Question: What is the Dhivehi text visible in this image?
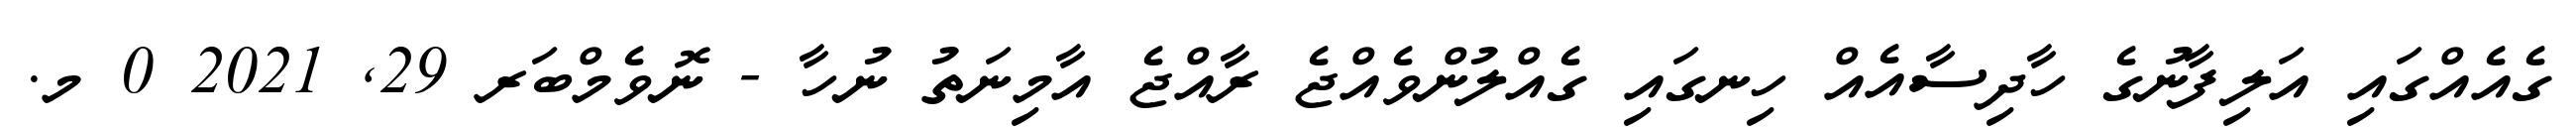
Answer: ގެއެއްގައި އަލިފާނުގެ ހާދިސާއެއް ހިނގައި ގެއްލުންވެއްޖެ ރާއްޖެ އާމިނަތު ނުހާ - ނޮވެމްބަރ 29, 2021 0 މ.